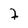
Character: 7